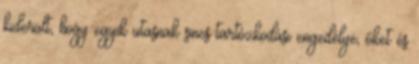
kiderült, hogy egyik utasnak sincs tartózkodási engedélye, őket és